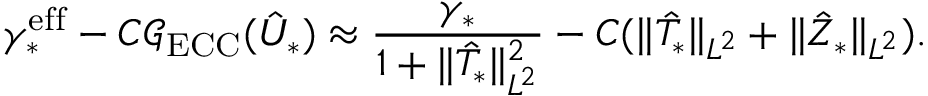
\gamma _ { * } ^ { \mathrm { e f f } } - C \mathcal G _ { \mathrm { E C C } } ( \hat { U } _ { * } ) \approx \frac { \gamma _ { * } } { 1 + \Vert \hat { T } _ { * } \Vert _ { L ^ { 2 } } ^ { 2 } } - C ( \Vert \hat { T } _ { * } \Vert _ { L ^ { 2 } } + \Vert \hat { Z } _ { * } \Vert _ { L ^ { 2 } } ) .